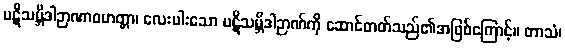
ပဋိသမ္ဘိဒါဉာဏာဝဟတ္တာ၊ လေးပါးသော ပဋိသမ္ဘိဒါဉာဏ်ကို ဆောင်တတ်သည်၏အဖြစ်ကြောင့်။ တာသံ၊